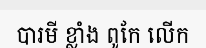
បារមី ខ្លាំង ពូកែ លើក